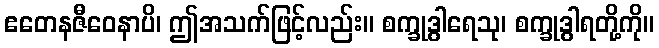
ဧတေနဇီဝေနာပိ၊ ဤအသက်ဖြင့်လည်း။ စက္ခုဒွါရေသု၊ စက္ခုဒွါရတို့ကို။